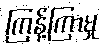
ကြန့်ကြာမှု